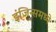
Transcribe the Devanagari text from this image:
इंजिन्समध्ये